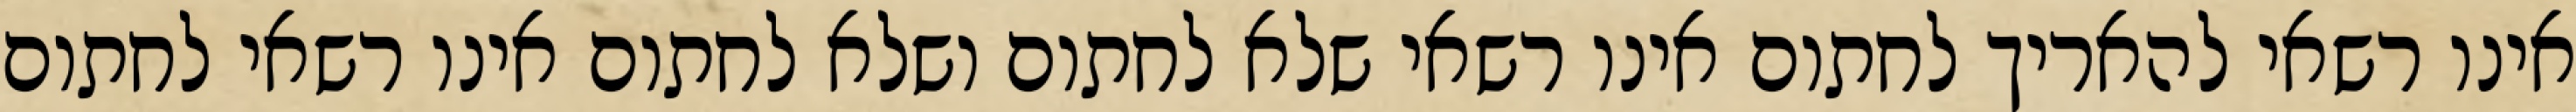
אינו רשאי להאריך לחתום אינו רשאי שלא לחתום ושלא לחתום אינו רשאי לחתום